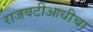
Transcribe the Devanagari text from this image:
राजवटीआधीचा